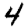
Digit: 4